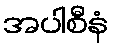
အပါစီနံ